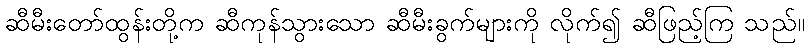
ဆီမီးတော်ထွန်းတို့က ဆီကုန်သွားသော ဆီမီးခွက်များကို လိုက်၍ ဆီဖြည့်ကြ သည်။